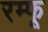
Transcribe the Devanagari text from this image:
रम्फू